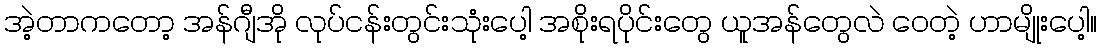
အဲ့တာကတော့ အန်ဂျီအို လုပ်ငန်းတွင်းသုံးပေါ့ အစိုးရပိုင်းတွေ ယူအန်တွေလဲ ဝေတဲ့ ဟာမျိုးပေါ့။